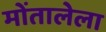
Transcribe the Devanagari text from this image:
मोंतालेला